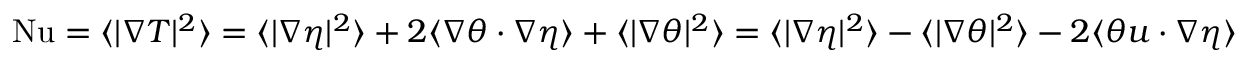
\begin{array} { r } { \mathrm { { N u } } = \langle | \nabla T | ^ { 2 } \rangle = \langle | \nabla \eta | ^ { 2 } \rangle + 2 \langle \nabla \theta \cdot \nabla \eta \rangle + \langle | \nabla \theta | ^ { 2 } \rangle = \langle | \nabla \eta | ^ { 2 } \rangle - \langle | \nabla \theta | ^ { 2 } \rangle - 2 \langle \theta u \cdot \nabla \eta \rangle } \end{array}